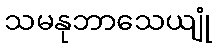
သမနုဘာသေယျုံ